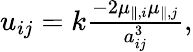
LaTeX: \begin{array}{r}{u_{ij}=k\frac{-2\mu_{\parallel,i}\mu_{\parallel,j}}{a_{ij}^{3}},}\end{array}